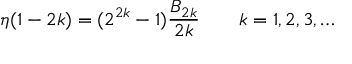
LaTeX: \eta ( 1 - 2 k ) = ( 2 ^ { 2 k } - 1 ) { \frac { { \cal B } _ { 2 k } } { 2 k } } \qquad k = 1 , 2 , 3 , \ldots